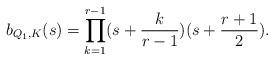
LaTeX: \begin{align*} b_{Q_1, {K}} (s) =\prod_{k=1}^{r-1} (s+ \frac{k}{r-1} ) (s+ \frac{r+1}{2} ). \end{align*}